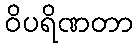
ဝိပရိဏတာ